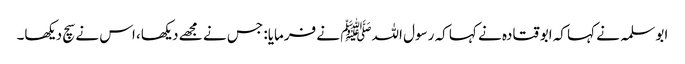
ابو سلمہ نے کہا کہ ابو قتادہ نے کہا کہ رسول اللہﷺ نے فرمایا: جس نے مجھے دیکھا، اس نے سچ دیکھا۔